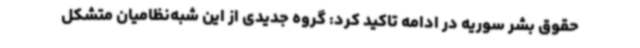
حقوق بشر سوریه در ادامه تاکید کرد: گروه جدیدی از این شبه‌نظامیان متشکل